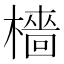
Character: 檣